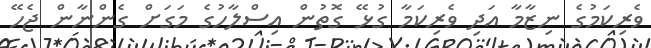
ވެރިކަމުގެ ނިޒާމާ އަދި ވެރިކަމާ ގުޅޭ ގޮތުން އިސްލާހުގެ މަގަށް ގެންނާން ޖެހޭ